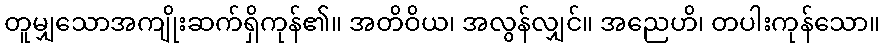
တူမျှသောအကျိုးဆက်ရှိကုန်၏။ အတိဝိယ၊ အလွန်လျှင်။ အညေဟိ၊ တပါးကုန်သော။